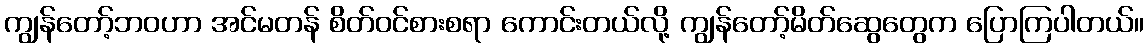
ကျွန်တော့်ဘဝဟာ အင်မတန် စိတ်ဝင်စားစရာ ကောင်းတယ်လို့ ကျွန်တော့်မိတ်ဆွေတွေက ပြောကြပါတယ်။